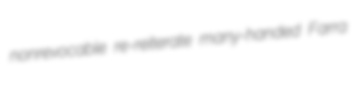
nonrevocable re-reiterate many-handed Farra